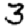
Digit: 3